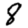
Digit: 8